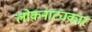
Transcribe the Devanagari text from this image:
लोकनाट्यकार